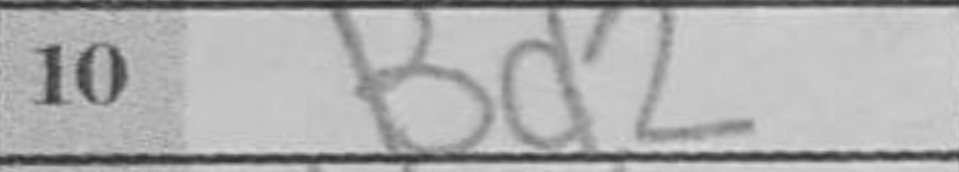
Transcription: Bd2